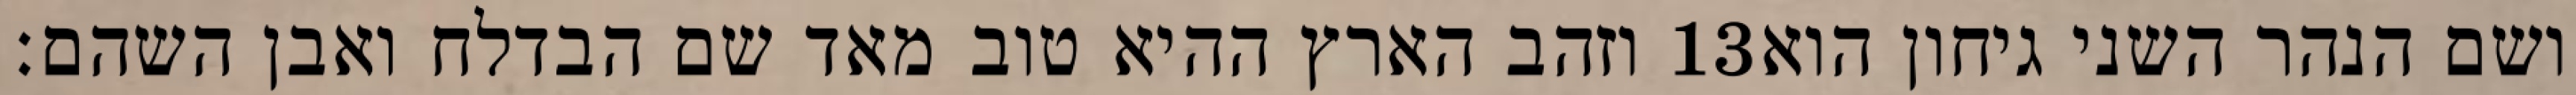
וזהב הארץ ההיא טוב מאד שם הבדלח ואבן השהם׃ ‎13‏ ושם הנהר השני גיחון הוא